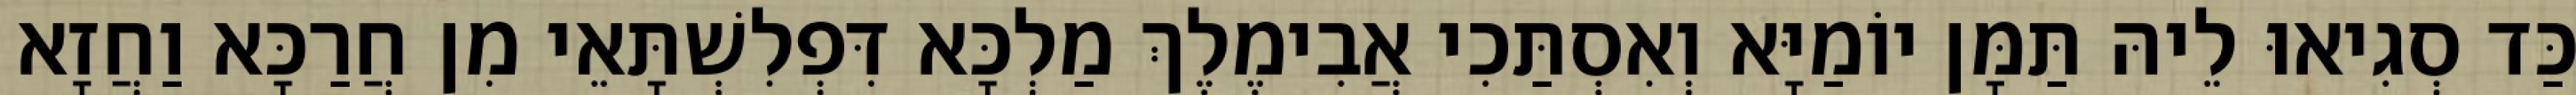
כַּד סְגִיאוּ לֵיהּ תַּמָּן יוֹמַיָּא וְאִסְתַּכִי אֲבִימֶלֶךְ מַלְכָּא דִּפְלִשְׁתָּאֵי מִן חֲרַכָּא וַחֲזָא